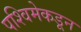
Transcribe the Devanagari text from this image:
पश्विमेकडून